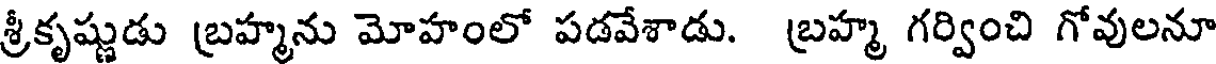
శ్రీకృష్ణుడు బ్రహ్మను మోహంలో పడవేశాడు. బ్రహ్మ గర్వించి గోవులనూ